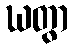
ဃတွာ